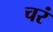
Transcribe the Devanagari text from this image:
चरं